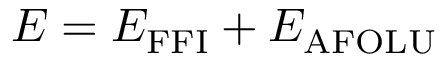
E = E _ { \mathrm { F F I } } + E _ { \mathrm { A F O L U } }